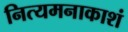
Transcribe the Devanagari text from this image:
नित्यमनाकाशं